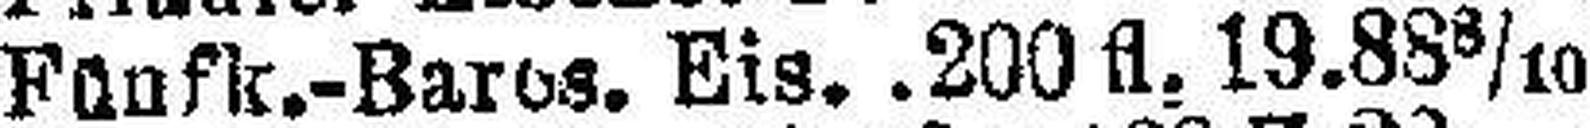
Fünfk.-Baros. Eis. .200 fl. 19.88 8/10